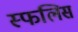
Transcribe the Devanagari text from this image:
स्फलिस